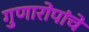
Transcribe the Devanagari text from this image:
गुणारोपांचे